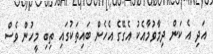
އަދި އެ ކަން ދިމާވުމާއެކު އެގޭގެ އެހެން ބައިތަކުގައި ތިބި މީހުން ވެސް